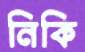
নিকি